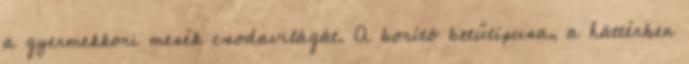
a gyermekkori mesék csodavilágát. A borító betűtípusa, a háttérben